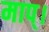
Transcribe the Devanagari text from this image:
माप्।